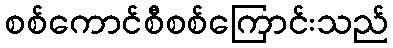
စစ်ကောင်စီစစ်ကြောင်းသည်